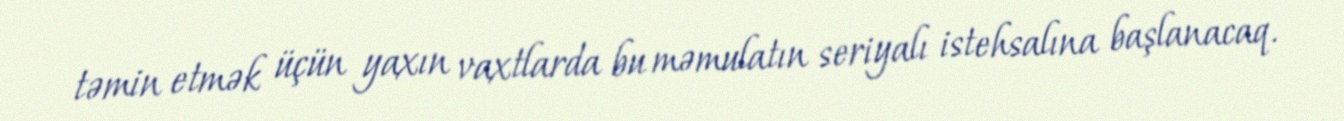
təmin etmək üçün yaxın vaxtlarda bu məmulatın seriyalı istehsalına başlanacaq.